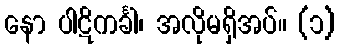
နော ပါဋိကင်္ခါ၊ အလိုမရှိအပ်။ (၁)